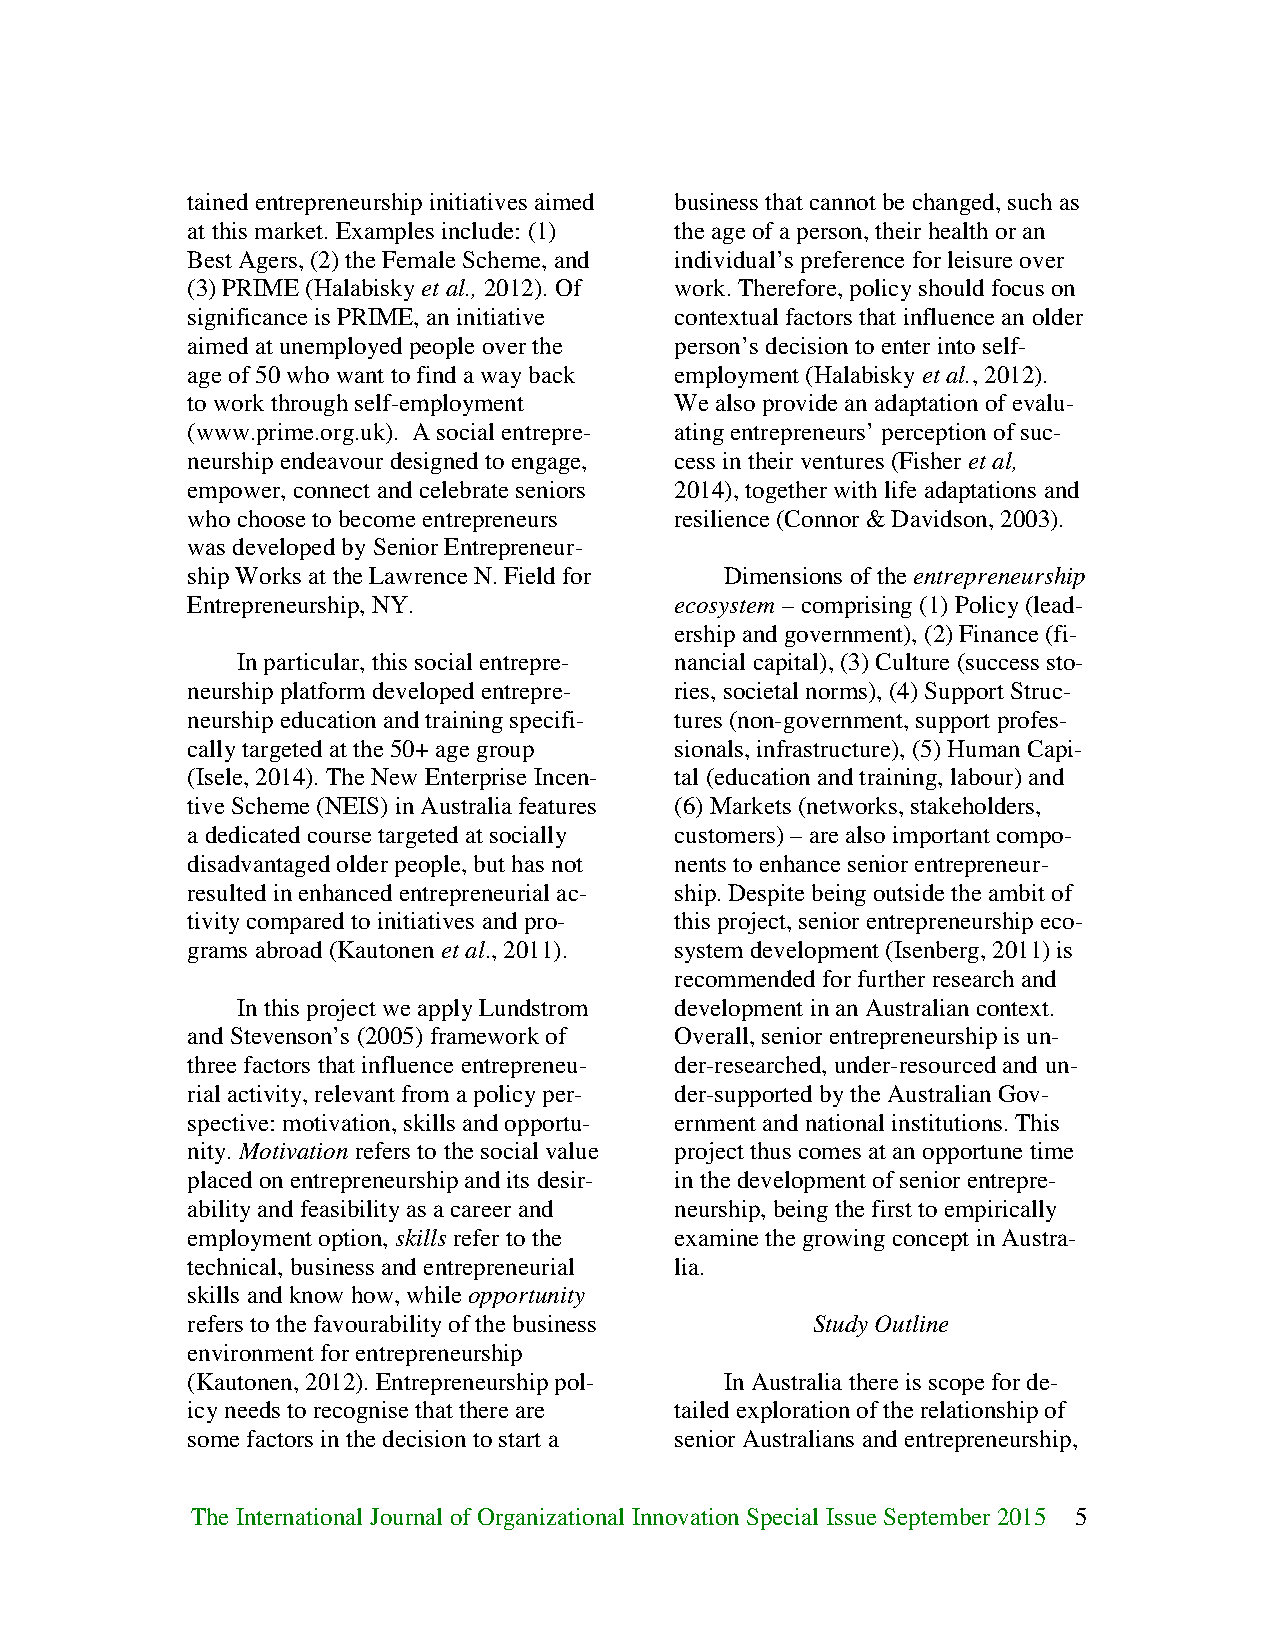
tained entrepreneurship initiatives aimed business that cannot be changed, such as
 at this market. Examples include: (1) the age of a person, their health or an
 Best Agers, (2) the Female Scheme, and individual’s preference for leisure over
 (3) PRIME (Halabisky et al., 2012). Of work. Therefore, policy should focus on
 significance is PRIME, an initiative contextual factors that influence an older
 aimed at unemployed people over the person’s decision to enter into self-
 age of 50 who want to find a way back employment (Halabisky et al., 2012).
 to work through self-employment  We also provide an adaptation of evalu-
 (www.prime.org.uk). A social entrepre- ating entrepreneurs’ perception of suc-
 neurship endeavour designed to engage, cess in their ventures (Fisher et al,
 empower, connect and celebrate seniors 2014), together with life adaptations and
 who choose to become entrepreneurs resilience (Connor & Davidson, 2003).
 was developed by Senior Entrepreneur-
 ship Works at the Lawrence N. Field for Dimensions of the entrepreneurship
 Entrepreneurship, NY.            ecosystem – comprising (1) Policy (lead-
 ership and government), (2) Finance (fi-
 In particular, this social entrepre- nancial capital), (3) Culture (success sto-
 neurship platform developed entrepre- ries, societal norms), (4) Support Struc-
 neurship education and training specifi- tures (non-government, support profes-
 cally targeted at the 50+ age group sionals, infrastructure), (5) Human Capi-
 (Isele, 2014). The New Enterprise Incen- tal (education and training, labour) and
 tive Scheme (NEIS) in Australia features (6) Markets (networks, stakeholders,
 a dedicated course targeted at socially customers) – are also important compo-
 disadvantaged older people, but has not nents to enhance senior entrepreneur-
 resulted in enhanced entrepreneurial ac- ship. Despite being outside the ambit of
 tivity compared to initiatives and pro- this project, senior entrepreneurship eco-
 grams abroad (Kautonen et al., 2011). system development (Isenberg, 2011) is
 recommended for further research and
 In this project we apply Lundstrom development in an Australian context.
 and Stevenson’s (2005) framework of Overall, senior entrepreneurship is un-
 three factors that influence entrepreneu- der-researched, under-resourced and un-
 rial activity, relevant from a policy per- der-supported by the Australian Gov-
 spective: motivation, skills and opportu- ernment and national institutions. This
 nity. Motivation refers to the social value project thus comes at an opportune time
 placed on entrepreneurship and its desir- in the development of senior entrepre-
 ability and feasibility as a career and neurship, being the first to empirically
 employment option, skills refer to the examine the growing concept in Austra-
 technical, business and entrepreneurial lia.
 skills and know how, while opportunity
 refers to the favourability of the business Study Outline
 environment for entrepreneurship
 (Kautonen, 2012). Entrepreneurship pol- In Australia there is scope for de-
 icy needs to recognise that there are tailed exploration of the relationship of
 some factors in the decision to start a senior Australians and entrepreneurship,
 The International Journal of Organizational Innovation Special Issue September 2015 5